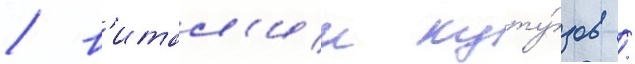
/ в'итал'ии куту́зов /